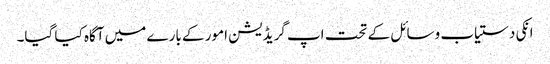
انکی دستیاب وسائل کے تحت اپ گریڈیشن امور کے بارے میں آگاہ کیا گیا۔